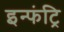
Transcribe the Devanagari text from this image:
इन्फंट्रि